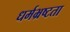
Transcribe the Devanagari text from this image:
धर्मभ्रष्टता